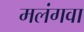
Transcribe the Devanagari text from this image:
मलंगवा